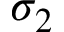
\sigma _ { 2 }